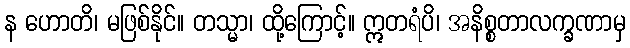
န ဟောတိ၊ မဖြစ်နိုင်။ တသ္မာ၊ ထို့ကြောင့်။ ဣတရံပိ၊ အနိစ္စတာလက္ခဏာမှ